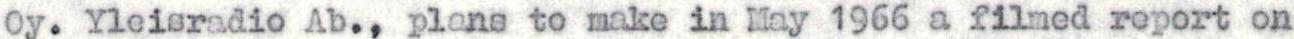
Oy. Yleisradio Ab., plans to make in May 1966 a filmed report on